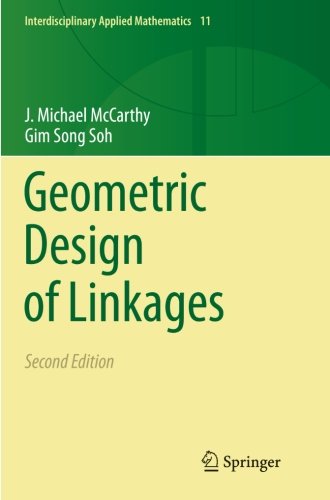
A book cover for Geometric Design of Linkages (Interdisciplinary Applied Mathematics); J. Michael McCarthy; Computers & Technology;